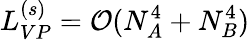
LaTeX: L_{VP}^{(s)}=\mathcal{O}(N_{A}^{4}+N_{B}^{4})